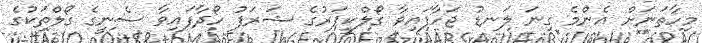
މިހާތަނަށް އެންމެ ގިނަ ލަނޑު ޖަހާފައިވާ ގޯލްކީޕަރުގެ ޝަރަފު ހޯދާފައިވާ ސެނީގެ ގޯލްތަކުގެ